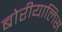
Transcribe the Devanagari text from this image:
बोरीयालिस